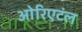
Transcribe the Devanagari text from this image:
ओरिएटंल